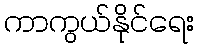
ကာကွယ်နိုင်ရေး